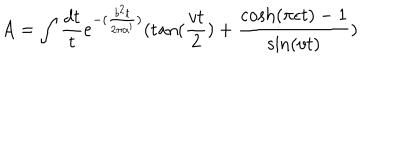
A = \int \frac { d t } { t } e ^ { - ( \frac { b ^ { 2 } t } { 2 \pi \alpha ^ { \prime } } ) } ( \tan ( \frac { v t } { 2 } ) + \frac { \cosh ( \pi \epsilon t ) - 1 } { \sin ( v t ) } )